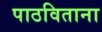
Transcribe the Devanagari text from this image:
पाठविताना